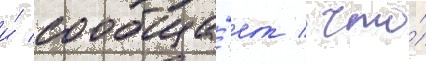
и́ сообща́ет / что́